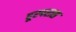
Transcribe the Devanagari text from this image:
दूरपरास